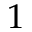
1